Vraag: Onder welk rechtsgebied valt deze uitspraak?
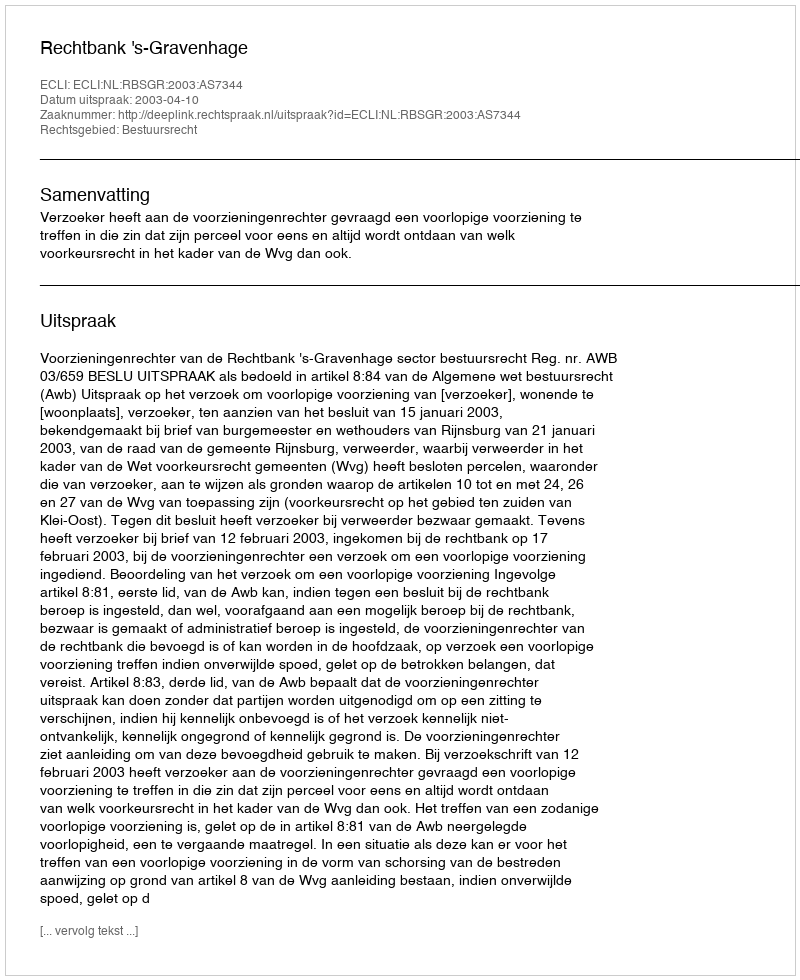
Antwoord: Bestuursrecht